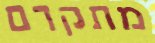
מתקדם